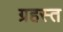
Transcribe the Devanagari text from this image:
ग्रहस्त